Indian journal of veterinary science and animal husbandry - Volume 1,
Year: 1931
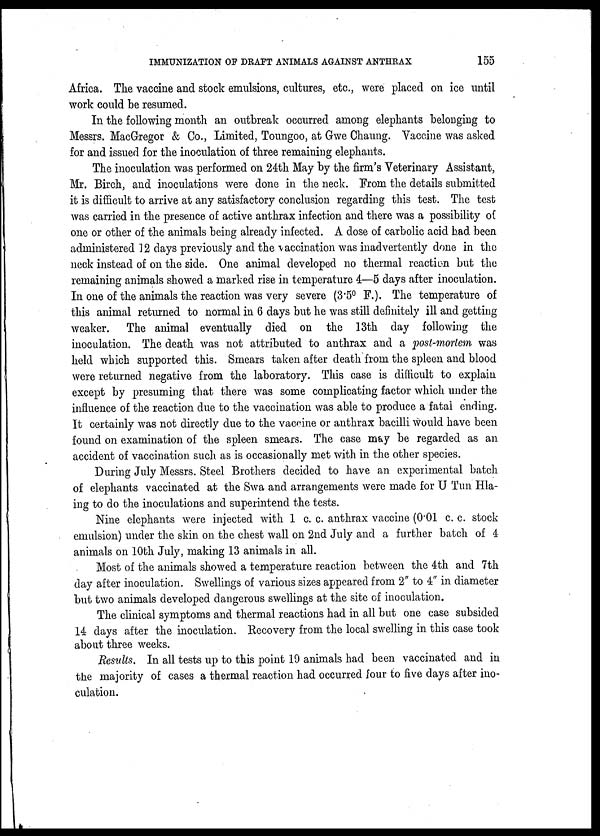
IMMUNIZATION OF DRAFT ANIMALS AGAINST ANTHRAX
155
Africa. The vaccine and stock emulsions, cultures, etc., were placed on ice until
work could be resumed.
In the following month an outbreak occurred among elephants belonging to
Messrs. MacGregor & Co., Limited, Toungoo, at Gwe Chaung. Vaccine was asked
for and issued for the inoculation of three remaining elephants.
The inoculation was performed on 24th May by the firm's Veterinary Assistant,
Mr. Birch, and inoculations were done in the neck. From the details submitted
it is difficult to arrive at any satisfactory conclusion regarding this test. The test
was carried in the presence of active anthrax infection and there was a possibility of
one or other of the animals being already infected. A dose of carbolic acid had been
administered 12 days previously and the vaccination was inadvertently done in the
neck instead of on the side. One animal developed no thermal reaction but the
remaining animals showed a marked rise in temperature 4—5 days after inoculation.
In one of the animals the reaction was very severe (3.5° F.). The temperature of
this animal returned to normal in 6 days but he was still definitely ill and getting
weaker. The animal eventually died on the 13th day following the
inoculation. The death was not attributed to anthrax and a post-mortem was
held which supported this. Smears taken after death from the spleen and blood
were returned negative from the laboratory. This case is difficult to explain
except by presuming that there was some complicating factor which under the
influence of the reaction due to the vaccination was able to produce a fatal ending.
It certainly was not directly due to the vaccine or anthrax bacilli would have been
found on examination of the spleen smears. The case may be regarded as an
accident of vaccination such as is occasionally met with in the other species.
During July Messrs. Steel Brothers decided to have an experimental batch
of elephants vaccinated at the Swa and arrangements were made for U Tun Hla-
ing to do the inoculations and superintend the tests.
Nine elephants were injected with 1 c. c. anthrax vaccine (0.01 c. c. stock
emulsion) under the skin on the chest wall on 2nd July and a further batch of 4
animals on 10th July, making 13 animals in all.
Most of the animals showed a temperature reaction between the 4th and 7th
day after inoculation. Swellings of various sizes appeared from 2" to 4" in diameter
but two animals developed dangerous swellings at the site of inoculation.
The clinical symptoms and thermal reactions had in all but one case subsided
14 days after the inoculation. Recovery from the local swelling in this case took
about three weeks.
Results. In all tests up to this point 19 animals had been vaccinated and in
the majority of cases a thermal reaction had occurred four to five days after ino-
culation.